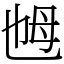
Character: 乸